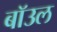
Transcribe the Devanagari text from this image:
बॉउल